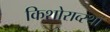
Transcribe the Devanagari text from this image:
किशोराव्स्था